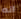
انه